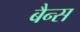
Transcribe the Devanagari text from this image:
बैन्स